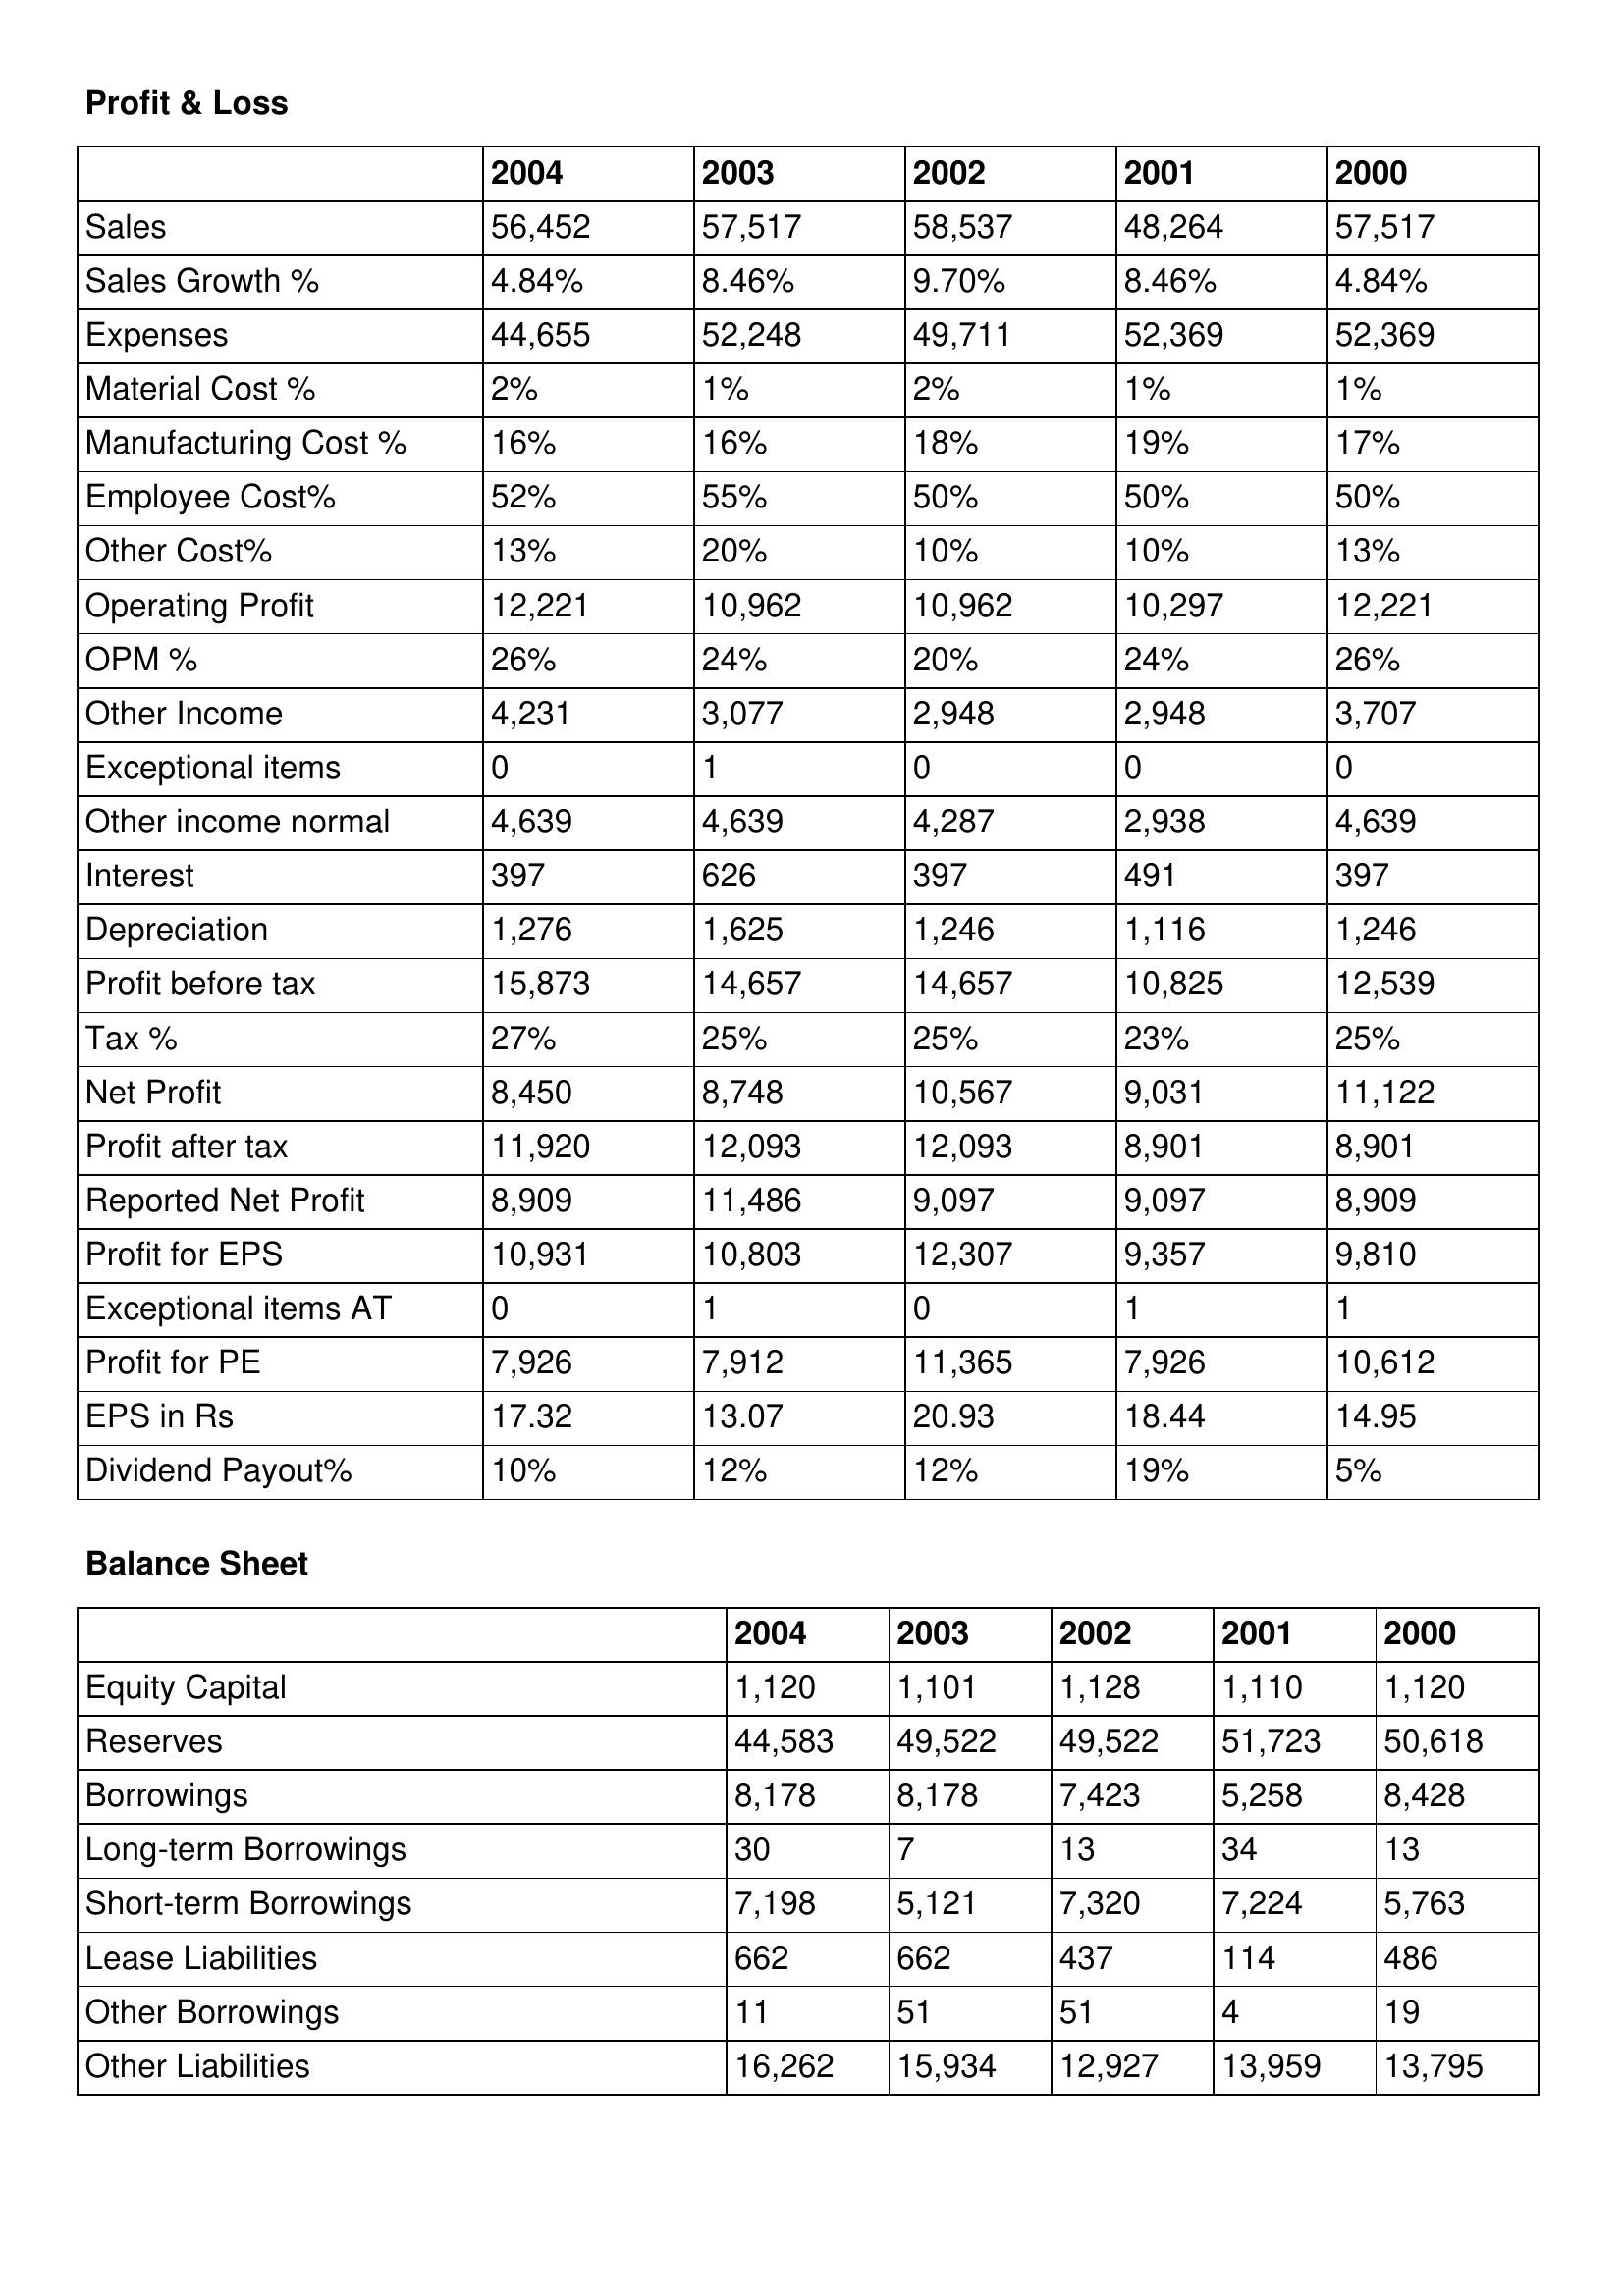
gt_parse: 2004: Profit & Loss: Sales: 56,452
Sales Growth %: 4.84%
Expenses: 44,655
Material Cost %: 2%
Manufacturing Cost %: 16%
Employee Cost%: 52%
Other Cost%: 13%
Operating Profit: 12,221
OPM %: 26%
Other Income: 4,231
Exceptional items: 0
Other income normal: 4,639
Interest: 397
Depreciation: 1,276
Profit before tax: 15,873
Tax %: 27%
Net Profit: 8,450
Profit after tax: 11,920
Reported Net Profit: 8,909
Profit for EPS: 10,931
Exceptional items AT: 0
Profit for PE: 7,926
EPS in Rs: 17.32
Dividend Payout%: 10%
Balance Sheet: Equity Capital: 1,120
Reserves: 44,583
Borrowings: 8,178
Long-term Borrowings: 30
Short-term Borrowings: 7,198
Lease Liabilities: 662
Other Borrowings: 11
Other Liabilities: 16,262
2003: Profit & Loss: Sales: 57,517
Sales Growth %: 8.46%
Expenses: 52,248
Material Cost %: 1%
Manufacturing Cost %: 16%
Employee Cost%: 55%
Other Cost%: 20%
Operating Profit: 10,962
OPM %: 24%
Other Income: 3,077
Exceptional items: 1
Other income normal: 4,639
Interest: 626
Depreciation: 1,625
Profit before tax: 14,657
Tax %: 25%
Net Profit: 8,748
Profit after tax: 12,093
Reported Net Profit: 11,486
Profit for EPS: 10,803
Exceptional items AT: 1
Profit for PE: 7,912
EPS in Rs: 13.07
Dividend Payout%: 12%
Balance Sheet: Equity Capital: 1,101
Reserves: 49,522
Borrowings: 8,178
Long-term Borrowings: 7
Short-term Borrowings: 5,121
Lease Liabilities: 662
Other Borrowings: 51
Other Liabilities: 15,934
2002: Profit & Loss: Sales: 58,537
Sales Growth %: 9.70%
Expenses: 49,711
Material Cost %: 2%
Manufacturing Cost %: 18%
Employee Cost%: 50%
Other Cost%: 10%
Operating Profit: 10,962
OPM %: 20%
Other Income: 2,948
Exceptional items: 0
Other income normal: 4,287
Interest: 397
Depreciation: 1,246
Profit before tax: 14,657
Tax %: 25%
Net Profit: 10,567
Profit after tax: 12,093
Reported Net Profit: 9,097
Profit for EPS: 12,307
Exceptional items AT: 0
Profit for PE: 11,365
EPS in Rs: 20.93
Dividend Payout%: 12%
Balance Sheet: Equity Capital: 1,128
Reserves: 49,522
Borrowings: 7,423
Long-term Borrowings: 13
Short-term Borrowings: 7,320
Lease Liabilities: 437
Other Borrowings: 51
Other Liabilities: 12,927
2001: Profit & Loss: Sales: 48,264
Sales Growth %: 8.46%
Expenses: 52,369
Material Cost %: 1%
Manufacturing Cost %: 19%
Employee Cost%: 50%
Other Cost%: 10%
Operating Profit: 10,297
OPM %: 24%
Other Income: 2,948
Exceptional items: 0
Other income normal: 2,938
Interest: 491
Depreciation: 1,116
Profit before tax: 10,825
Tax %: 23%
Net Profit: 9,031
Profit after tax: 8,901
Reported Net Profit: 9,097
Profit for EPS: 9,357
Exceptional items AT: 1
Profit for PE: 7,926
EPS in Rs: 18.44
Dividend Payout%: 19%
Balance Sheet: Equity Capital: 1,110
Reserves: 51,723
Borrowings: 5,258
Long-term Borrowings: 34
Short-term Borrowings: 7,224
Lease Liabilities: 114
Other Borrowings: 4
Other Liabilities: 13,959
2000: Profit & Loss: Sales: 57,517
Sales Growth %: 4.84%
Expenses: 52,369
Material Cost %: 1%
Manufacturing Cost %: 17%
Employee Cost%: 50%
Other Cost%: 13%
Operating Profit: 12,221
OPM %: 26%
Other Income: 3,707
Exceptional items: 0
Other income normal: 4,639
Interest: 397
Depreciation: 1,246
Profit before tax: 12,539
Tax %: 25%
Net Profit: 11,122
Profit after tax: 8,901
Reported Net Profit: 8,909
Profit for EPS: 9,810
Exceptional items AT: 1
Profit for PE: 10,612
EPS in Rs: 14.95
Dividend Payout%: 5%
Balance Sheet: Equity Capital: 1,120
Reserves: 50,618
Borrowings: 8,428
Long-term Borrowings: 13
Short-term Borrowings: 5,763
Lease Liabilities: 486
Other Borrowings: 19
Other Liabilities: 13,795